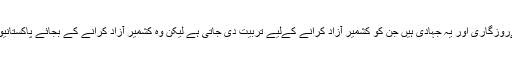
غربت کا خاتمہ بھی ہوگا اور دہشت گردی بھی ختم ہوجائے گی کیونکہ دہشت گردی کی وجہ بھی غربت، بےروزگاری اور یہ جہادی ہیں جن کو کشمیر آزاد کرانے کےلیے تربیت دی جاتی ہے لیکن وہ کشمیر آزاد کرانے کے بجائے پاکستانیوں کے خلاف مسلکی بنیادوں پر جہاد کرتے ہیں جس سے ملک فرقہ واریت کے دلدل میں گرفتار ہو چکا ہے ۔